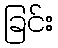
ခြင်း